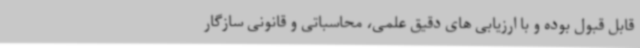
قابل قبول بوده و با ارزیابی های دقیق علمی، محاسباتی و قانونی سازگار